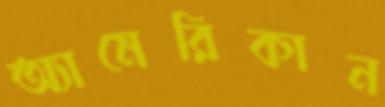
অ্যামেরিকান